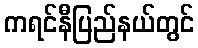
ကရင်နီပြည်နယ်တွင်